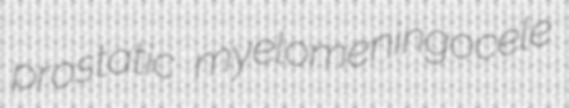
prostatic myelomeningocele